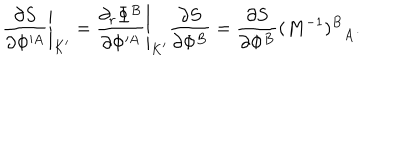
LaTeX: \left. { \frac { \partial S } { \partial \Phi ^ { \prime A } } } \right| _ { K ^ { \prime } } = \left. { \frac { \partial _ { r } \Phi ^ { B } } { \partial \Phi ^ { \prime A } } } \right| _ { K ^ { \prime } } { \frac { \partial S } { \partial \Phi ^ { B } } } = { \frac { \partial S } { \partial \Phi ^ { B } } } { ( M ^ { - 1 } ) ^ { B } } _ { A } .